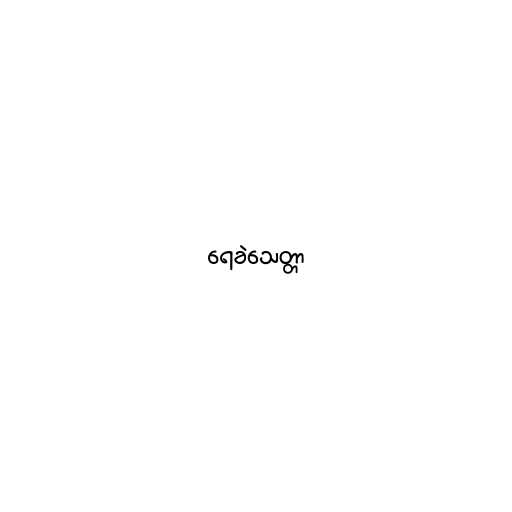
ရေခဲသေတ္တာ